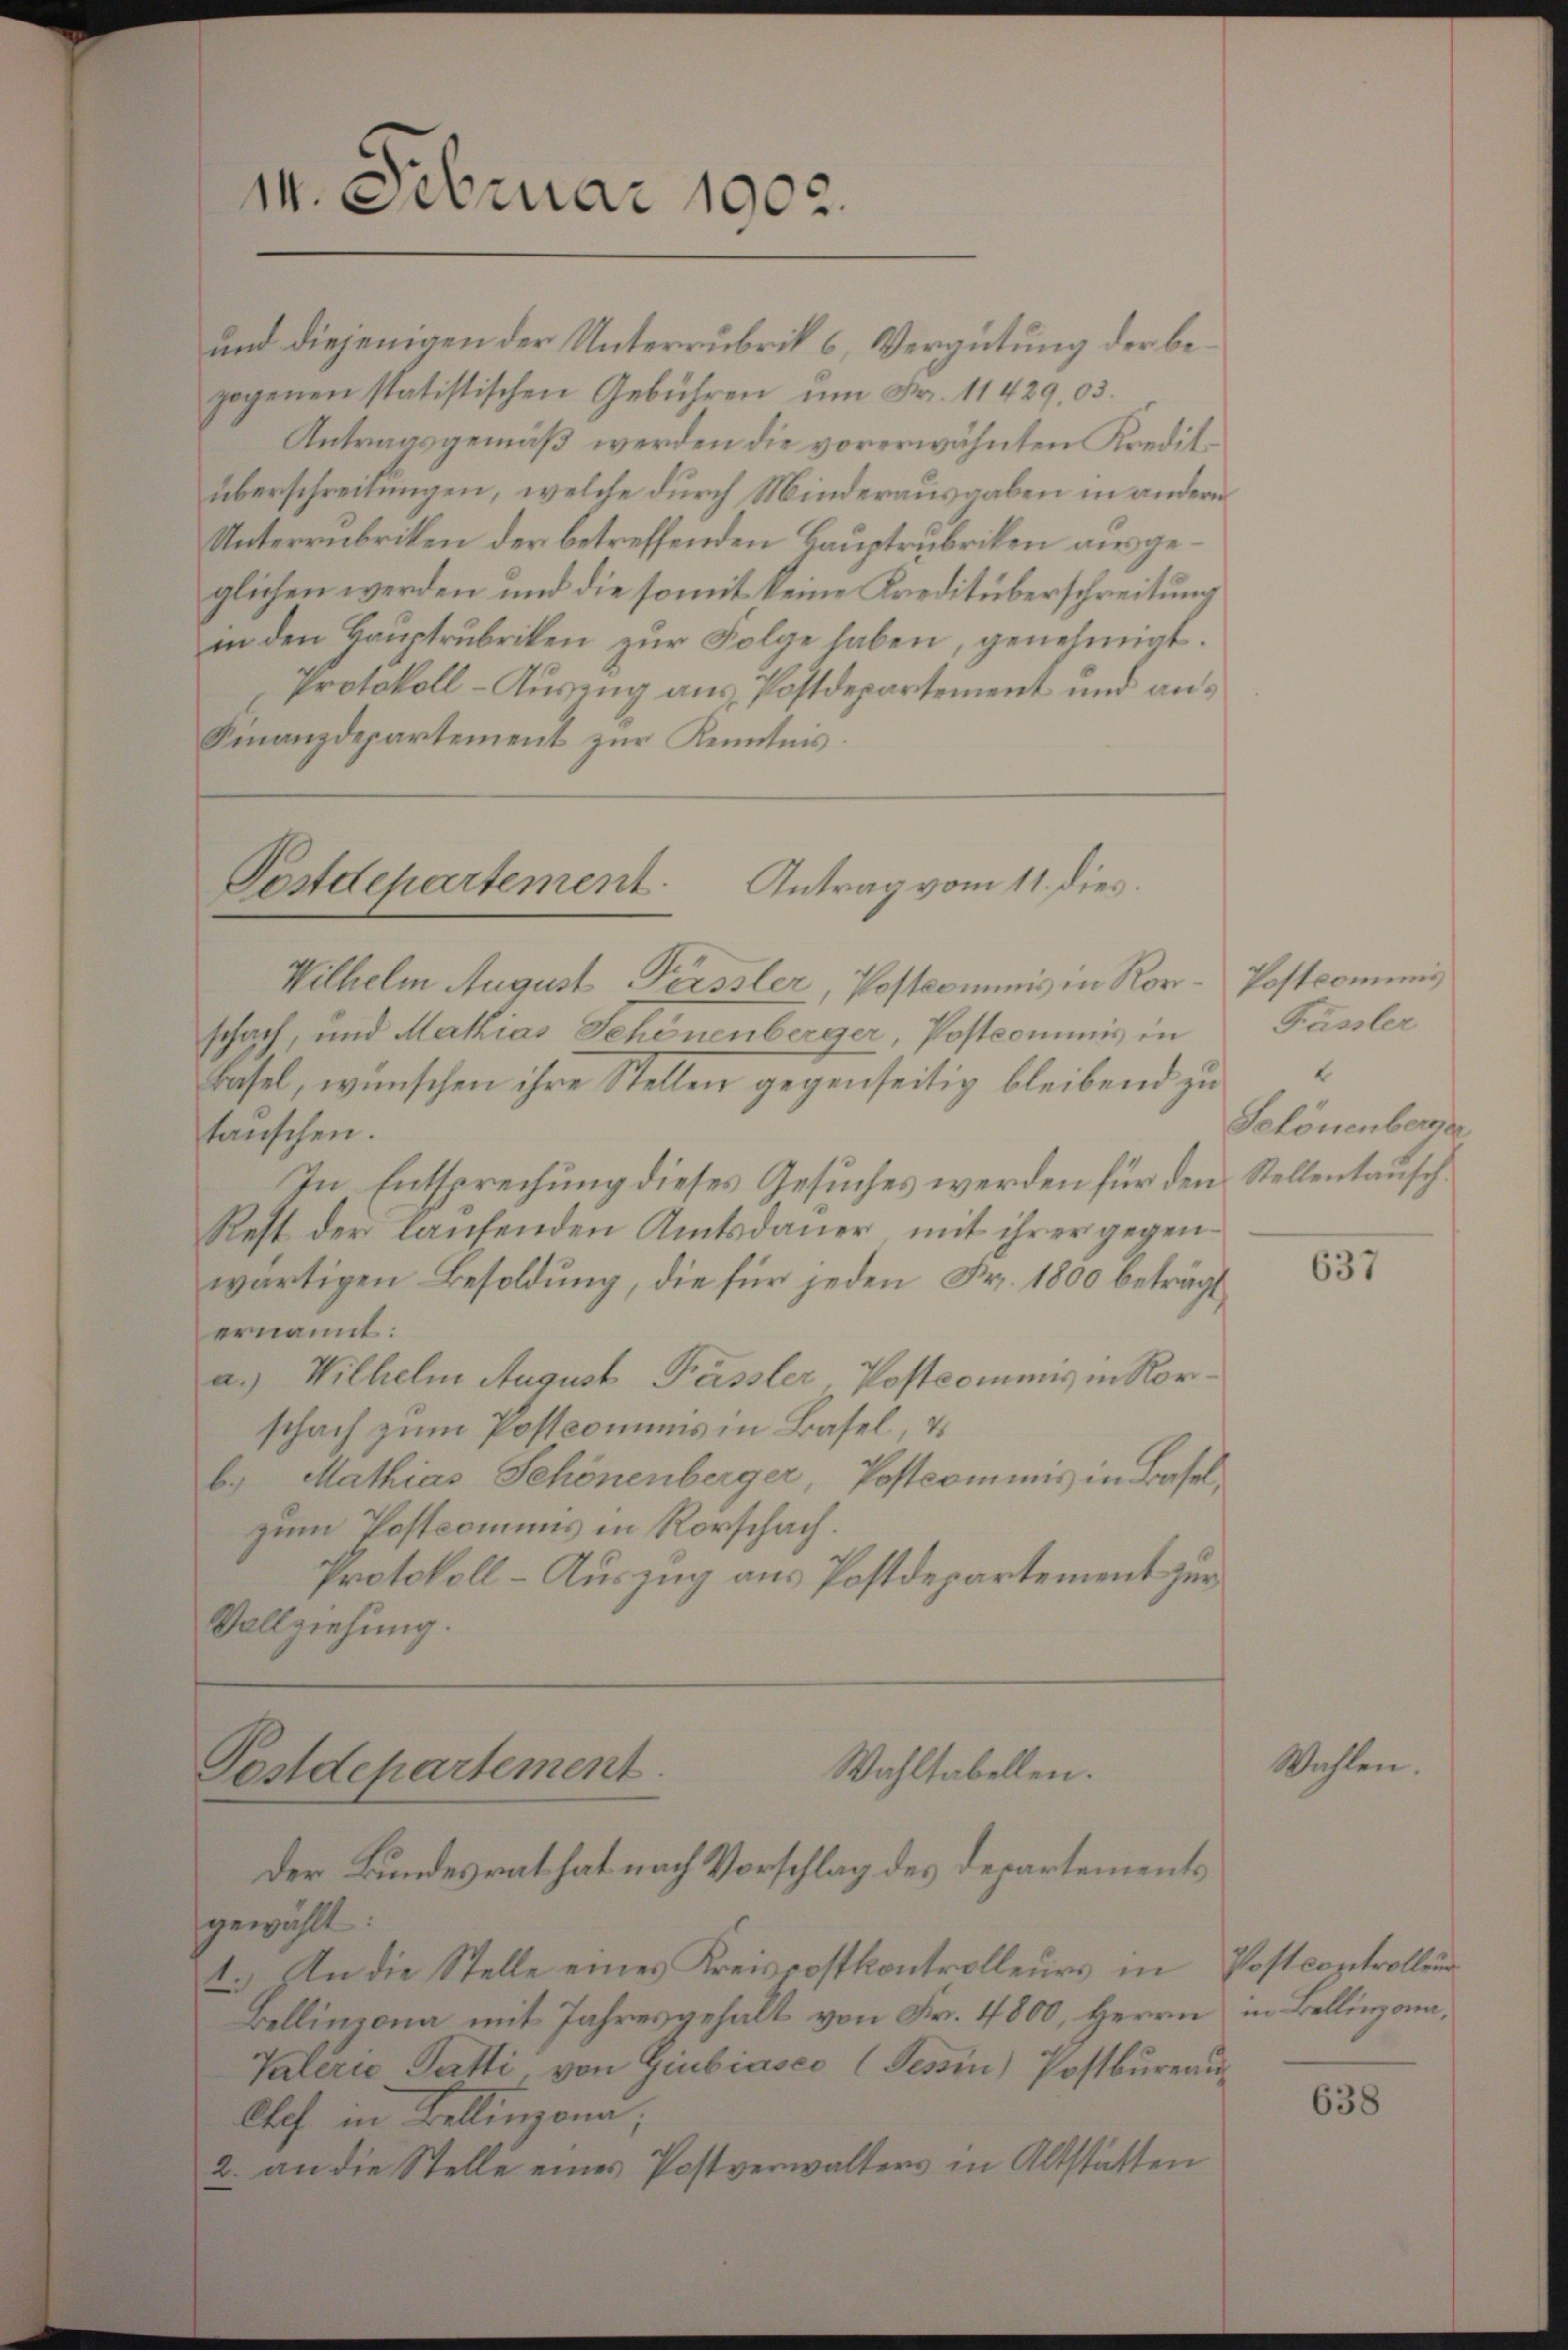
14. Februar 1902.

und diejenigen der Unterrubrik 6, Vergütung der begogenen statistischen Gebühren ŭm Fr. 11429, 03.
Antragsgemäß werden die vorerwähnten Kreditüberschreitungen, welche durch Minderausgaben in andern
Unterrubriken der betreffenden Hauptrubriken ausgeglichen werden und die somit keine Kreditüberschreitung
in den Hauptrubriken zur Folge haben, genehmigt.
Protokoll-Auszug aus Postdepartement und an¬
Finanzdepartement zur Kenntnis.

Antrag vom 11. dies.
Postdepartement
Wilhelm August Perssler, Postcommis in Ror-Postcommis

Wahltabellen.
Postdepartement.
Der Bundesrat hat nach Vorschlag des Departements

schach, und Mathias Schönenberger, Postcommis in
Basel, wünschen ihre Stellen gegenseitig bleibend zu
tanschen.
In Entsprechung dieses Gesuches werden für den Stellentausch¬
Rest der laufenden Amtsdauer, mit ihrer gegenwärtigen Besoldung, die für jeden Fr. 1800 beträgt
ernannt:
a.) Wilhelm August Pässler, Postcommis in Rorschach zum Postcomuns in Basel, u
b. Mathias Schönenberger, Postcommis in Baselzum Postcommis in Rorschach.
Protokoll-Auszug aus Postdepartement zur
Vollziehung.

gewählt:
2.) In die Stelle eines Kreisrostkontrolleurs in Postcontrollen
Bellinzona mit Jahresgehalt von Fr. 4800, Herrn in Bellinzona¬
Valerie Gatti von Giubiasco (Tessin) Postbureau
Chef in Bellinzona;
2. an die Stelle eines Postverwalters in Altstatten

Füssler
1
Schönenberge

637

Wahlen

638